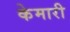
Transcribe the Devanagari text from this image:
केमारी